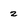
Character: 2